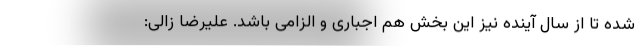
شده تا از سال آینده نیز این بخش هم اجباری و الزامی باشد. علیرضا زالی: